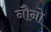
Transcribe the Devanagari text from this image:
नौनो